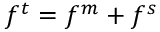
f ^ { t } = f ^ { m } + f ^ { s }